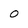
Character: 0